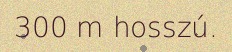
300 m hosszú.